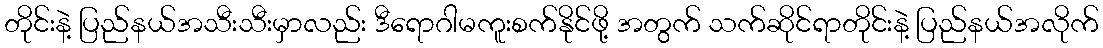
တိုင်းနဲ့ ပြည်နယ်အသီးသီးမှာလည်း ဒီရောဂါမကူးစက်နိုင်ဖို့ အတွက် သက်ဆိုင်ရာတိုင်းနဲ့ ပြည်နယ်အလိုက်